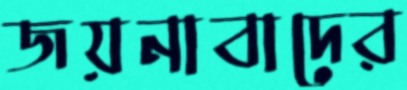
জয়নাবাদের